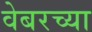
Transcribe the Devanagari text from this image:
वेबरच्या